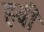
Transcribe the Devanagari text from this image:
हबी